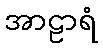
အာဠာရံ